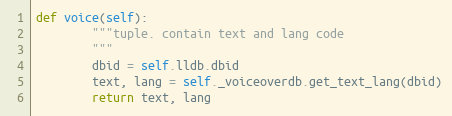
Language: Python
def voice(self):
        """tuple. contain text and lang code
        """
        dbid = self.lldb.dbid
        text, lang = self._voiceoverdb.get_text_lang(dbid)
        return text, lang